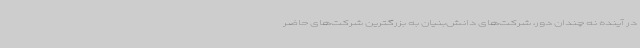
در آینده نه چندان دور، شرکت‌های دانش‌بنیان به بزرگترین شرکت‌های حاضر